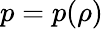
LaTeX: p=p(\rho)